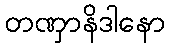
တဏှာနိဒါနော